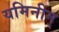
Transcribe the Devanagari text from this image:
यमिनीम्